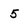
Character: 5